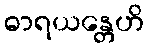
ဓာရယန္တေဟိ